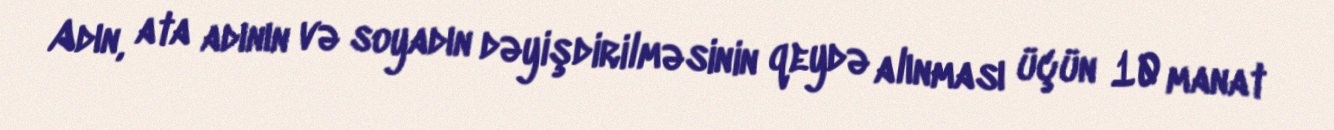
Adın, ata adının və soyadın dəyişdirilməsinin qeydə alınması üçün 10 manat